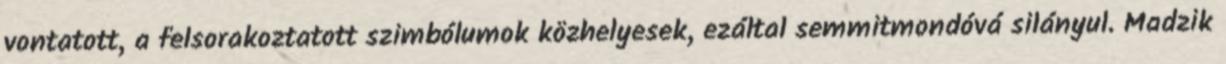
vontatott, a felsorakoztatott szimbólumok közhelyesek, ezáltal semmitmondóvá silányul. Madzik